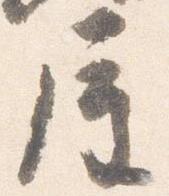
屋